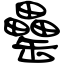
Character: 罍